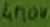
Text: 470u